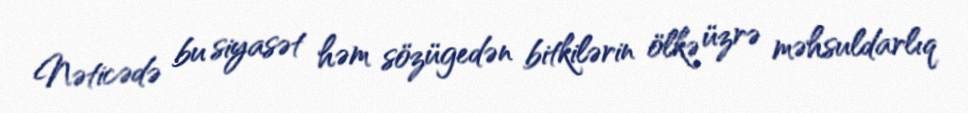
Nəticədə bu siyasət həm sözügedən bitkilərin ölkə üzrə məhsuldarlıq